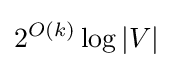
2^{O(k)}\log |V|